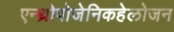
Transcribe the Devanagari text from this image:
एन्थ्रोपोजेनिकहेलोजन